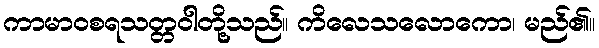
ကာမာဝစရသတ္တဝါတို့သည်။ ကိလေသလောကော၊ မည်၏။